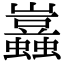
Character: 𧔮